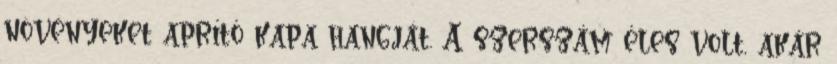
növényeket aprító kapa hangját. A szerszám éles volt, akár